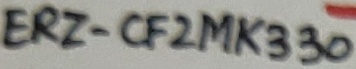
Text: ERZ-CF2MK330